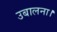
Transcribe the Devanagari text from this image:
उबालना।